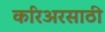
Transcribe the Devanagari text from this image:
करिअरसाठी